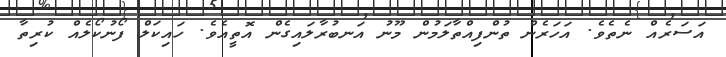
އަސަރެއް ނެތެވެ. އަހަރެން ތުންފިއްތާލަމުން މޫނު އަނބުރާލައިގެން އޮތީއެވެ. ހައިކަލް ފޯނުކޯލެއް ކުރިތާ